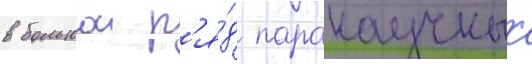
в большои р'я́д паранаучных